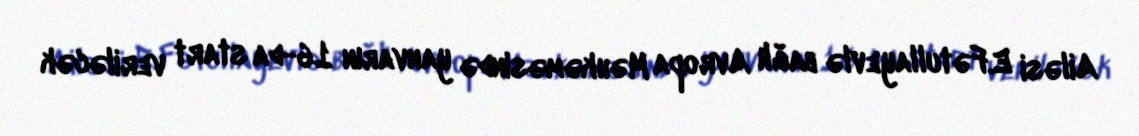
Ailəsi E.Fətullayevlə bağlı Avropa Məhkəməsində yanvarın 16-da start veriləcək